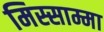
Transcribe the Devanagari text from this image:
मिस्साम्मा